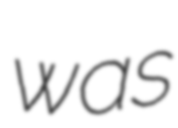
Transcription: was